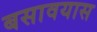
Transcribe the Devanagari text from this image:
बसावयास